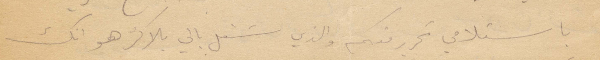
باستلامي تحرير منكم والذي شغل بالي بلاكثر هو انك